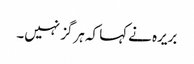
بریرہ نے کہا کہ ہرگز نہیں۔